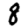
Digit: 8